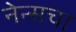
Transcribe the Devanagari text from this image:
नेन्सचा